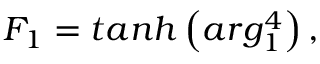
F _ { 1 } = t a n h \left( a r g _ { 1 } ^ { 4 } \right) ,